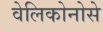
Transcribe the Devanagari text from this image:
वेलिकोनोसे